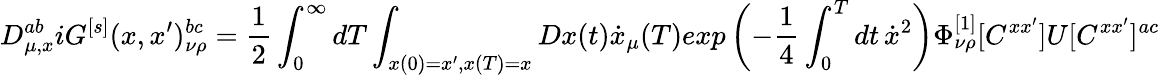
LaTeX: D_{\mu,x}^{ab}iG^{[s]}(x,x^{\prime})_{\nu\rho}^{bc}={\frac{1}{2}}\int_{0}^{\infty}dT\int_{x(0)=x^{\prime},x(T)=x}Dx(t)\dot{x}_{\mu}(T)exp\left(-{\frac{1}{4}}\int_{0}^{T}dt\, \dot{x}^{2}\right)\Phi_{\nu\rho}^{[1]}[C^{xx^{\prime}}]U[C^{xx^{\prime}}]^{ac}